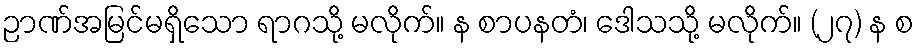
ဉာဏ်အမြင်မရှိသော ရာဂသို့ မလိုက်။ န စာပနတံ၊ ဒေါသသို့ မလိုက်။ (၂၇) န စ